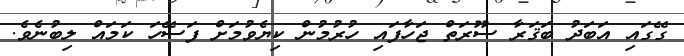
ގޭގައި އަބަދު ބަޤަރާ ސޫރަތް ޖަހާފައި ހުރުމުން ކިޔެވުމަށް ފަސޭހަ ކަމައް ލިބުނެވެ.